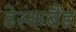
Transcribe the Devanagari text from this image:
डेस्कबैंड